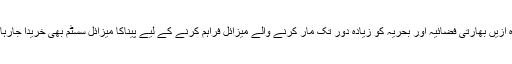
علاوہ ازیں بھارتی فضائیہ اور بحریہ کو زیادہ دور تک مار کرنے والے میزائل فراہم کرنے کے لیے پیناکا میزائل سسٹم بھی خریدا جارہا ہے۔